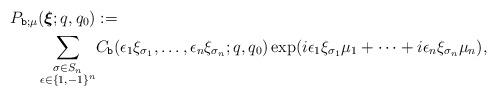
LaTeX: \begin{align*}P_{\texttt{b};\mu} (\boldsymbol{\xi} ;q,q_0)& := \\ \sum_{\substack{ \sigma\in S_n \\ \epsilon\in \{ 1,-1\}^n}} & C_{\texttt{b}}(\epsilon_1 \xi_{\sigma_1},\ldots , \epsilon_n \xi_{\sigma_n};q,q_0)\exp (i\epsilon_1 \xi_{\sigma_1}\mu_1+\cdots +i \epsilon_n \xi_{\sigma_n} \mu_n) , \end{align*}